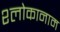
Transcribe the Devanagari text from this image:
श्लोकानाम